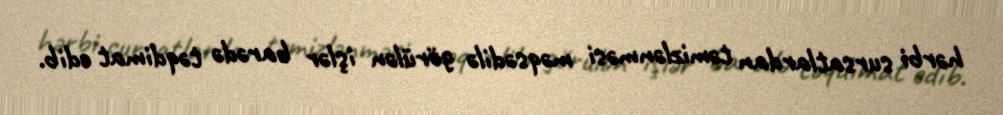
hərbi sursatlardan təmizlənməsi məqsədilə görülən işlər barədə təqdimat edib.